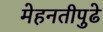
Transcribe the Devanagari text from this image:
मेहनतीपुढे